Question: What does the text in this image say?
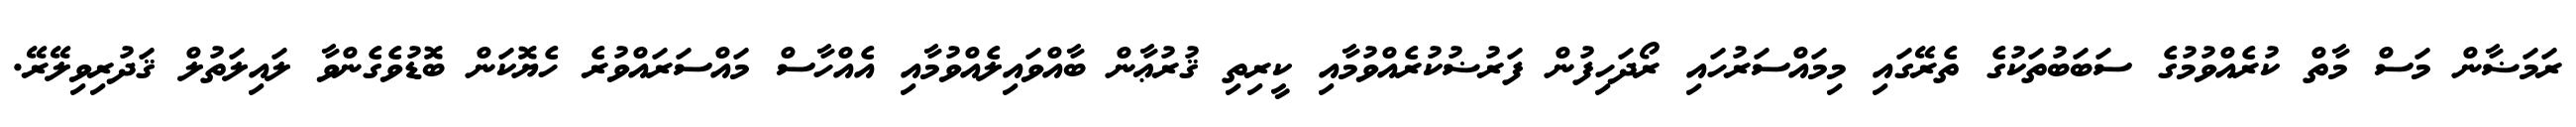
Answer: ރަމަޟާން މަސް މާތް ކުރެއްވުމުގެ ސަބަބުތަކުގެ ތެރޭގައި މިމައްސަރުހައި ރޯދަހިފުން ފަރުޟުކުރެއްވުމާއި ކީރިތި ޤުރުޢާން ބާއްވައިލެއްވުމާއި އެއްހާސް މައްސަރައްވުރެ ހެޔޮކަން ބޮޑުވެގެންވާ ލައިލަތުލް ޤަދުރިވިލޭރޭ.